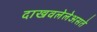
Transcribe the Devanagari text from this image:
दाखवलेलेअसते